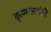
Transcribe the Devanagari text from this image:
कृष्णजयंती